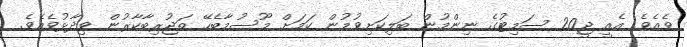
ވެއެވެ. އެއީ ޖީ20 ސަމިޓުގެ ނިންމުން ބަލިކަށިވުމުން ކަމަށް މޫސުމާބެހޭ ތަޖުރިބާކާރުން ވިދާޅުވެއެވެ.